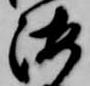
海